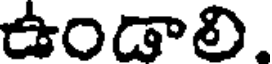
ఉండాలి.